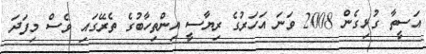
އަސީތާ ގުޅިގެން 2008 ވަނަ އަހަރުގެ ރިޔާސީ އިންތިހާބުގެ ތެރޭގައި ވެސް މިފަދަ